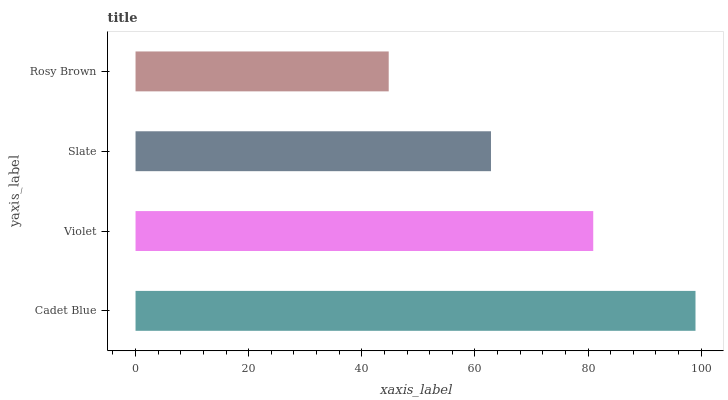
| yaxis_label | bars |
 | --- | --- |
 | Cadet Blue | 99 |
 | Violet | 80.9 |
 | Slate | 62.8 |
 | Rosy Brown | 44.8 |